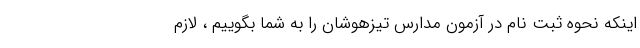
اینکه نحوه ثبت نام در آزمون مدارس تیزهوشان را به شما بگوییم ، لازم